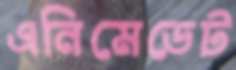
এনিমেডেট